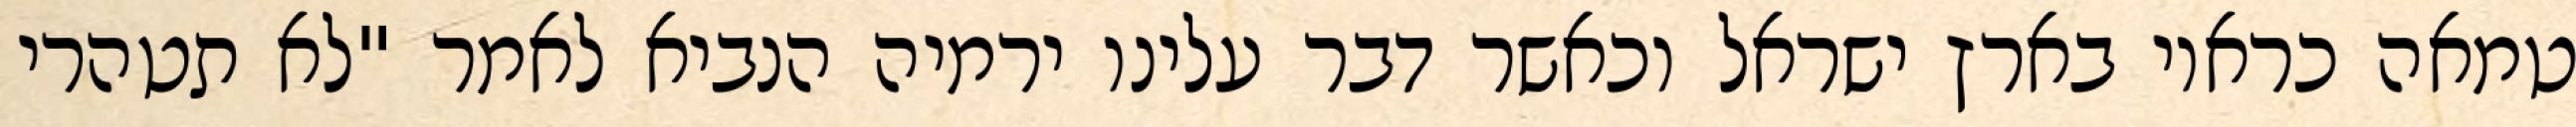
טמאה כראוי בארץ ישראל וכאשר דבר עלינו ירמיה הנביא לאמר "לא תטהרי